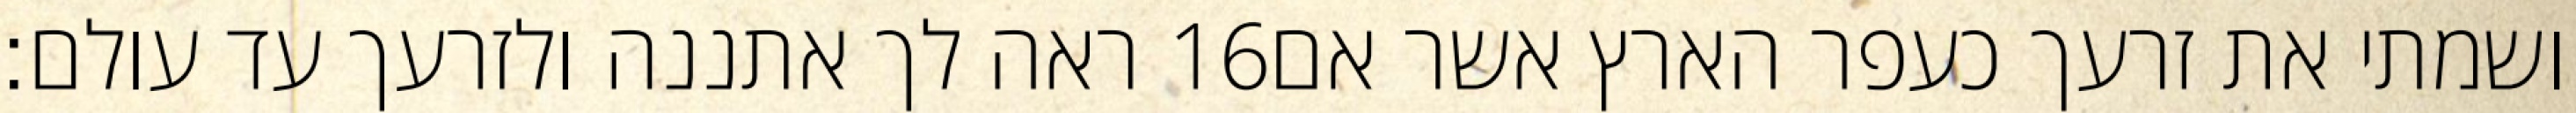
ראה לך אתננה ולזרעך עד עולם׃ ‎16‏ ושמתי את זרעך כעפר הארץ אשר אם